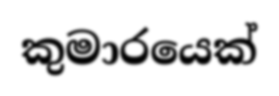
කුමාරයෙක්